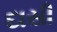
દાસી